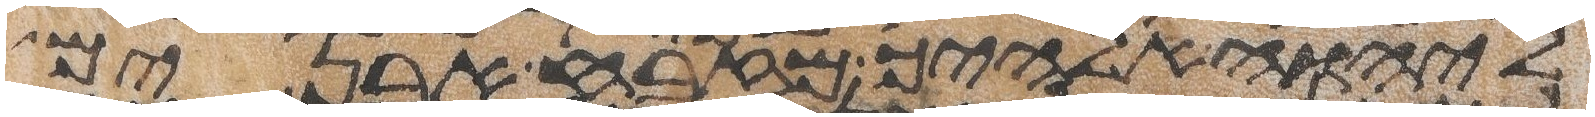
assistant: ליהוה אלהיך מזבח אבנים